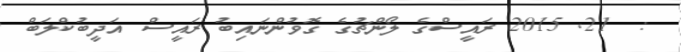
:  21